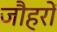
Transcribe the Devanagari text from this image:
जौहरों